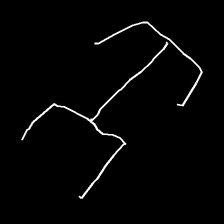
Glyph: entwine